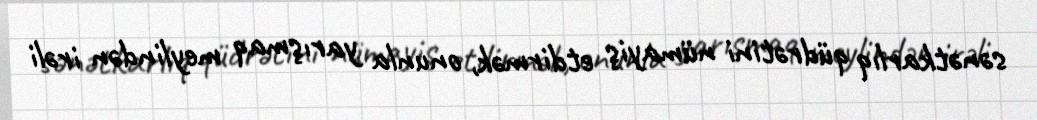
sənətkarlıq qüdrətini nümayiş etdirmək, onunla yarışmaq meylindən irəli